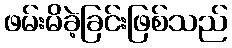
ဖမ်းမိခဲ့ခြင်းဖြစ်သည်